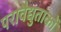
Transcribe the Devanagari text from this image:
परावैद्युतांकों